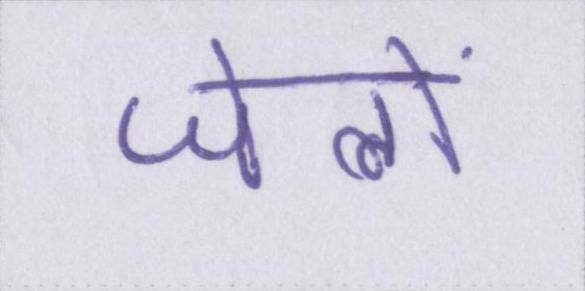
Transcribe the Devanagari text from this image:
जेलों